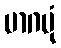
မာဂမုံ